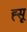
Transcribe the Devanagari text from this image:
ह्सू